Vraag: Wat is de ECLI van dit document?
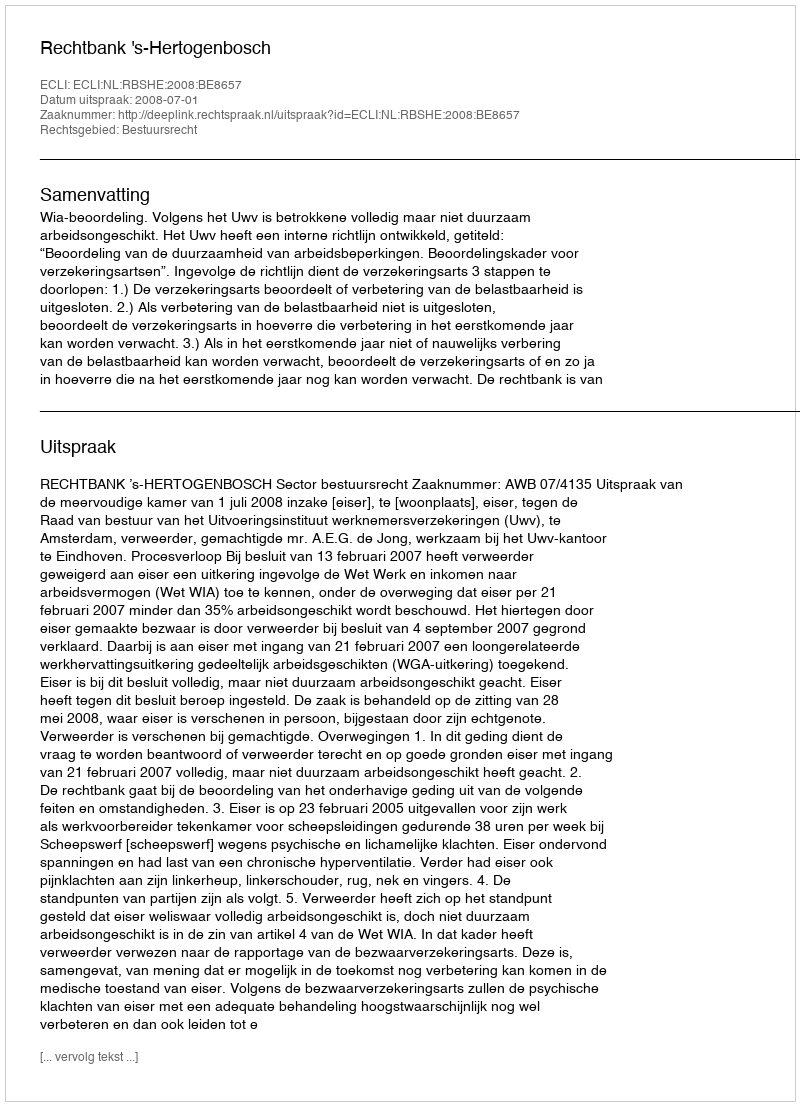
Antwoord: ECLI:NL:RBSHE:2008:BE8657